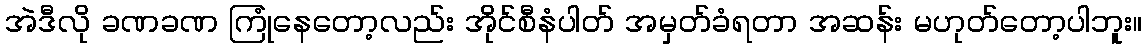
အဲဒီလို ခဏခဏ ကြုံနေတော့လည်း အိုင်စီနံပါတ် အမှတ်ခံရတာ အဆန်း မဟုတ်တော့ပါဘူး။